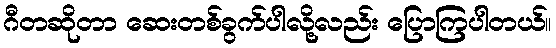
ဂီတဆိုတာ ဆေးတစ်ခွက်ပါလို့လည်း ပြောကြပါတယ်။